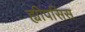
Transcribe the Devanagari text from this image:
ह्यीपसिस